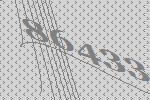
86433